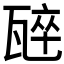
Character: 𭺣